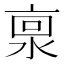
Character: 𰜊